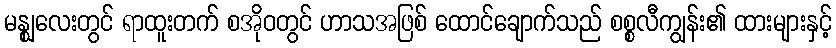
မန္ဈလေးတွင် ရာထူးတက် စအိုဝတွင် ဟာသအဖြစ် ထောင်ချောက်သည် စစ္စလီကျွန်း၏ ထားများနှင့်